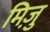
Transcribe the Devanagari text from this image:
मिज़ु